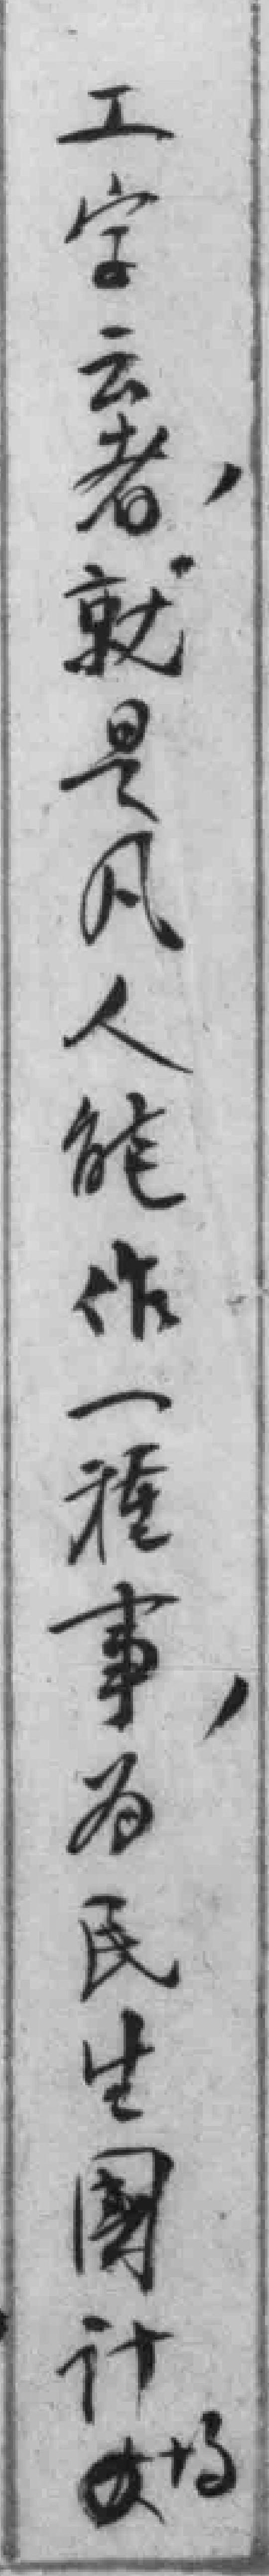
工字云者，就是凡人能作一種事，为民生國计均